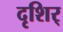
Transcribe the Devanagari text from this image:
दृशिर्